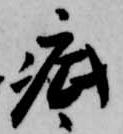
疵